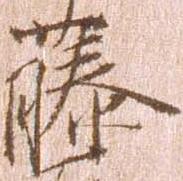
藤